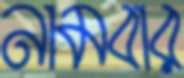
নামবার